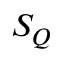
S _ { Q }